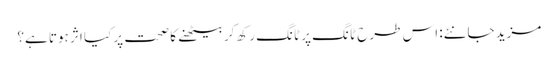
مزید جانئے: اس طرح ٹانگ پر ٹانگ رکھ کر بیٹھنے کا صحت پر کیا اثر ہوتا ہے؟